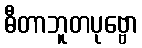
ဓီတာဘူတပုဗ္ဗော